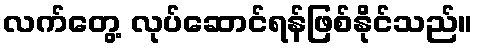
လက်တွေ့ လုပ်ဆောင်ရန်ဖြစ်နိုင်သည်။